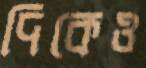
দিকেও